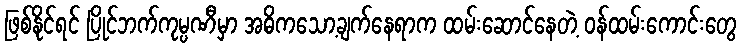
ဖြစ်နိုင်ရင် ပြိုင်ဘက်ကုမ္ပဏီမှာ အဓိကသော့ချက်နေရာက ထမ်းဆောင်နေတဲ့ ဝန်ထမ်းကောင်းတွေ